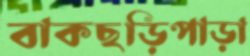
বাকছড়িপাড়া